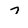
Character: 7